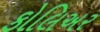
કોલિઅર